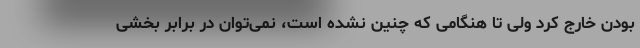
بودن خارج کرد ولی تا هنگامی که چنین نشده است، نمی‌توان در برابر بخشی